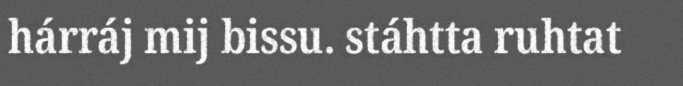
hárráj mij bissu. stáhtta ruhtat